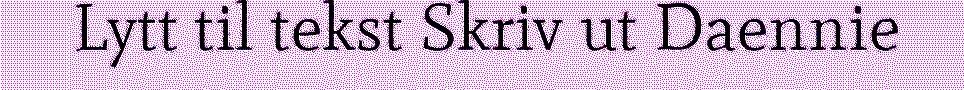
Lytt til tekst Skriv ut Daennie